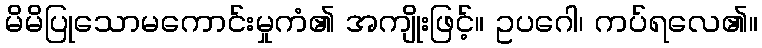
မိမိပြုသောမကောင်းမှုကံ၏ အကျိုးဖြင့်။ ဥပဂေါ၊ ကပ်ရလေ၏။